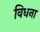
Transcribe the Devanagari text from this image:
विधना